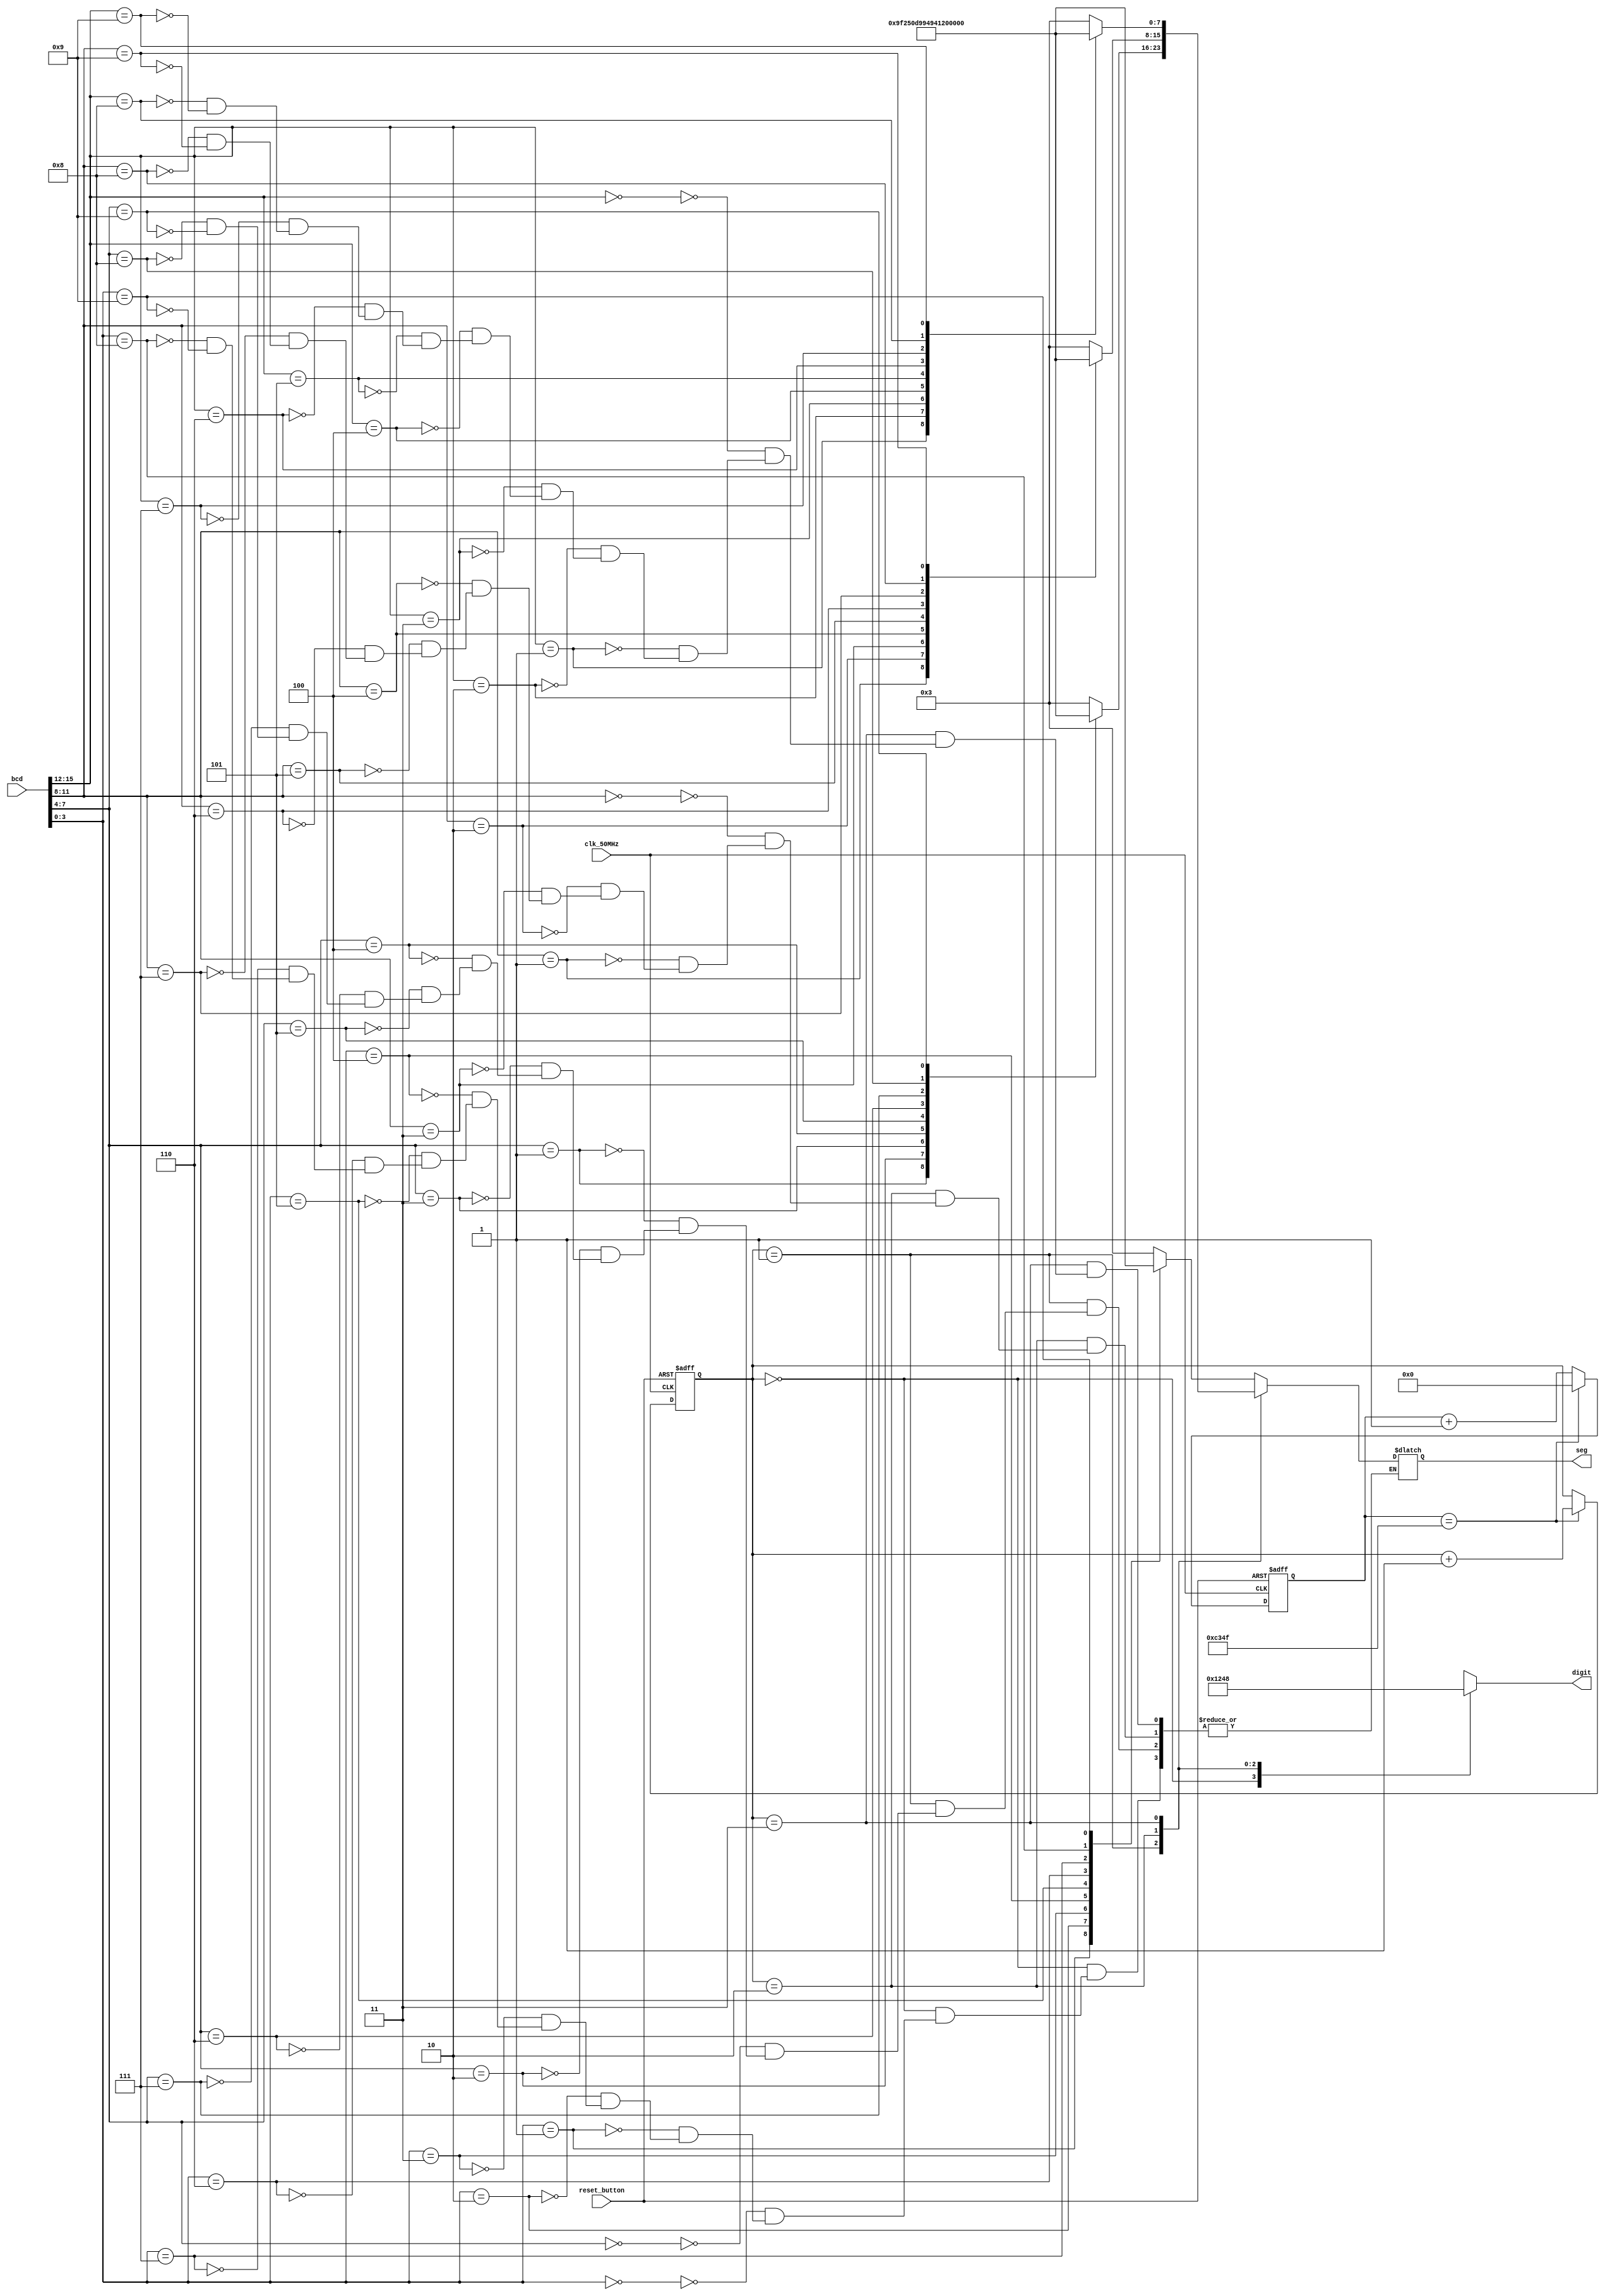
module seg7_control(
    input clk_50MHz,
    input reset_button,
    input [15:0] bcd,
    output reg [7:0] seg,       // segment pattern 0-9
    output reg [3:0] digit      // digit select signals
    );// Parameters for segment patterns
    parameter ZERO  = 8'b00000011;  // 0
    parameter ONE   = 8'b10011111;  // 1
    parameter TWO   = 8'b00100101;  // 2 
    parameter THREE = 8'b00001101;  // 3
    parameter FOUR  = 8'b10011001;  // 4
    parameter FIVE  = 8'b01001001;  // 5
    parameter SIX   = 8'b01000001;  // 6
    parameter SEVEN = 8'b00011111;  // 7
    parameter EIGHT = 8'b00000001;  // 8
    parameter NINE  = 8'b00001001;  // 9
	 parameter letter = 8'b11111101; // -
	 // To select each digit in turn
    reg [1:0] digit_select;     // 2 bit counter for selecting each of 4 digits
    reg [16:0] digit_timer;     // counter for digit refresh
    
    // Logic for controlling digit select and digit timer
    always @(posedge clk_50MHz or posedge reset_button) begin
        if(reset_button) begin
            digit_select <= 0;
            digit_timer <= 0; 
        end
        else
		    if(digit_timer == 49_999) begin         // The period of 50MHz clock is 20ns (1/(50*1,000,000) seconds)
                digit_timer <= 0;                   // 20ns x 50,000 = 1ms
                digit_select <=  digit_select + 1;
            end
            else
                digit_timer <=  digit_timer + 1;
    end
    
    // Logic for driving the 4 bit anode output based on digit select
    always @(digit_select) begin
	   case(digit_select) 
            2'b00 : digit = 4'b0001;   // Turn on ones digit
            2'b01 : digit = 4'b0010;   // Turn on tens digit
            2'b10 : digit = 4'b0100;   // Turn on hundreds digit
            2'b11 : digit = 4'b1000;   // Turn on thousands digit
        endcase
    end
	   // Logic for driving segments based on which digit is selected and the value of each digit
    always @*
        case(digit_select)
            2'b00 : begin       // ONES DIGIT
                        case(bcd[3:0])
			                   4'b0000 : seg = ZERO;
                            4'b0001 : seg = ONE;
                            4'b0010 : seg = TWO;
                            4'b0011 : seg = THREE;
                            4'b0100 : seg = FOUR;
                            4'b0101 : seg = FIVE;
                            4'b0110 : seg = SIX;
			                   4'b0111 : seg = SEVEN;
                            4'b1000 : seg = EIGHT;
                            4'b1001 : seg = NINE;
                        endcase
                    end
                    
            2'b01 : begin       // TENS DIGIT
                        case(bcd[7:4])
			    4'b0000 : seg = ZERO;
                            4'b0001 : seg = ONE;
                            4'b0010 : seg = TWO;
                            4'b0011 : seg = THREE;
                            4'b0100 : seg = FOUR;
                            4'b0101 : seg = FIVE;
                            4'b0110 : seg = SIX;
                            4'b0111 : seg = SEVEN;
                            4'b1000 : seg = EIGHT;
                            4'b1001 : seg = NINE;
			endcase
                    end
                    
            2'b10 : begin       // HUNDREDS DIGIT
 			            case(bcd[11:8])
			                   4'b0000 : seg = ZERO;
                            4'b0001 : seg = ONE;
                            4'b0010 : seg = TWO;
                            4'b0011 : seg = THREE;
                            4'b0100 : seg = FOUR;
                            4'b0101 : seg = FIVE;
                            4'b0110 : seg = SIX;
			                   4'b0111 : seg = SEVEN;
                            4'b1000 : seg = EIGHT;
                            4'b1001 : seg = NINE;
                        endcase
                          
									  
                    end
                    
            2'b11 : begin       // MINUTES ONES DIGIT
 			           case(bcd[15:12])
			                   4'b0000 : seg = ZERO;
                            4'b0001 : seg = ONE;
                            4'b0010 : seg = TWO;
                            4'b0011 : seg = THREE;
                            4'b0100 : seg = FOUR;
                            4'b0101 : seg = FIVE;
                            4'b0110 : seg = SIX;
			                   4'b0111 : seg = SEVEN;
                            4'b1000 : seg = EIGHT;
                            4'b1001 : seg = NINE;
                        endcase
                            
									  
                    end
        endcase

endmodule